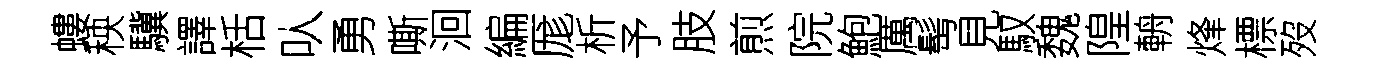
螻秧驥譯栝㕥勇嘶洄編厖析予肢煎院鮑厲髩見馭魏隍輈烽標歿